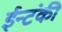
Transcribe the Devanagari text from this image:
ईन्टंकी